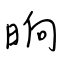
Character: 晌